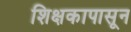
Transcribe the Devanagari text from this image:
शिक्षकापासून